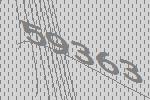
59363